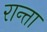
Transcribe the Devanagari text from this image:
रान्ता